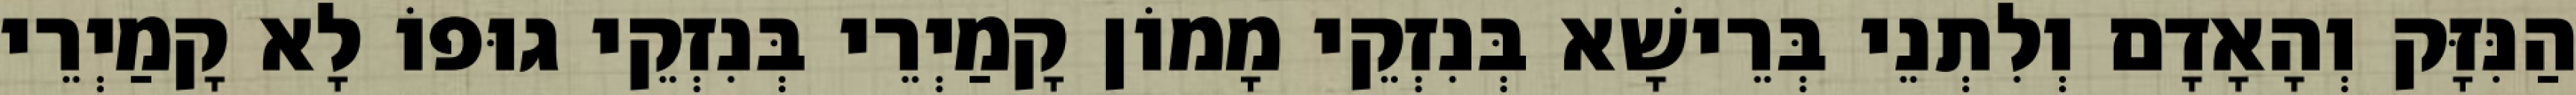
הַנִּזָּק וְהָאָדָם וְלִתְנֵי בְּרֵישָׁא בְּנִזְקֵי מָמוֹן קָמַיְרֵי בְּנִזְקֵי גוּפוֹ לָא קָמַיְרֵי